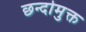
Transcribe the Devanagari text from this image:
छन्दोमुक्त